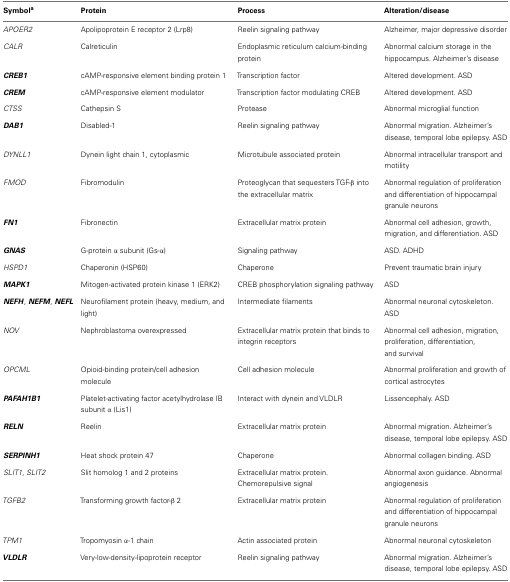
<table><thead><tr><td><b>Symbol<sup>a</sup></b></td><td><b>Protein</b></td><td><b>Process</b></td><td><b>Alteration/disease</b></td></tr></thead><tbody><tr><td><i>APOER2</i></td><td>Apolipoprotein E receptor 2 (Lrp8)</td><td>Reelin signaling pathway</td><td>Alzheimer, major depressive disorder</td></tr><tr><td><i>CALR</i></td><td>Calreticulin</td><td>Endoplasmic reticulum calcium-binding protein</td><td>Abnormal calcium storage in the hippocampus. Alzheimer’s disease</td></tr><tr><td><b><i>CREB1</i></b></td><td>cAMP-responsive element binding protein 1</td><td>Transcription factor</td><td>Altered development. ASD</td></tr><tr><td><b><i>CREM</i></b></td><td>cAMP-responsive element modulator</td><td>Transcription factor modulating CREB</td><td>Altered development. ASD</td></tr><tr><td><i>CTSS</i></td><td>Cathepsin S</td><td>Protease</td><td>Abnormal microglial function</td></tr><tr><td><b><i>DAB1</i></b></td><td>Disabled-1</td><td>Reelin signaling pathway</td><td>Abnormal migration. Alzheimer’s disease, temporal lobe epilepsy. ASD</td></tr><tr><td><i>DYNLL1</i></td><td>Dynein light chain 1, cytoplasmic</td><td>Microtubule associated protein</td><td>Abnormal intracellular transport and motility</td></tr><tr><td><i>FMOD</i></td><td>Fibromodulin</td><td>Proteoglycan that sequesters TGF-β into the extracellular matrix</td><td>Abnormal regulation of proliferation and differentiation of hippocampal granule neurons</td></tr><tr><td><b><i>FN1</i></b></td><td>Fibronectin</td><td>Extracellular matrix protein</td><td>Abnormal cell adhesion, growth, migration, and differentiation. ASD</td></tr><tr><td><b><i>GNAS</i></b></td><td>G-protein α subunit (Gs-α)</td><td>Signaling pathway</td><td>ASD. ADHD</td></tr><tr><td><i>HSPD1</i></td><td>Chaperonin (HSP60)</td><td>Chaperone</td><td>Prevent traumatic brain injury</td></tr><tr><td><b><i>MAPK1</i></b></td><td>Mitogen-activated protein kinase 1 (ERK2)</td><td>CREB phosphorylation signaling pathway</td><td>ASD</td></tr><tr><td><b><i>NEFH</i></b>, <b><i>NEFM</i></b>, <b><i>NEFL</i></b></td><td>Neurofilament protein (heavy, medium, and light)</td><td>Intermediate filaments</td><td>Abnormal neuronal cytoskeleton. ASD</td></tr><tr><td><i>NOV</i></td><td>Nephroblastoma overexpressed</td><td>Extracellular matrix protein that binds to integrin receptors</td><td>Abnormal cell adhesion, migration, proliferation, differentiation,and survival</td></tr><tr><td><i>OPCML</i></td><td>Opioid-binding protein/cell adhesion molecule</td><td>Cell adhesion molecule</td><td>Abnormal proliferation and growth of cortical astrocytes</td></tr><tr><td><b><i>PAFAH1B1</i></b></td><td>Platelet-activating factor acetylhydrolase IB subunit α (Lis1)</td><td>Interact with dynein and VLDLR</td><td>Lissencephaly. ASD</td></tr><tr><td><b><i>RELN</i></b></td><td>Reelin</td><td>Extracellular matrix protein</td><td>Abnormal migration. Alzheimer’s disease, temporal lobe epilepsy. ASD</td></tr><tr><td><b><i>SERPINH1</i></b></td><td>Heat shock protein 47</td><td>Chaperone</td><td>Abnormal collagen binding. ASD</td></tr><tr><td><i>SLIT1</i>, <i>SLIT2</i></td><td>Slit homolog 1 and 2 proteins</td><td>Extracellular matrix protein. Chemorepulsive signal</td><td>Abnormal axon guidance. Abnormal angiogenesis</td></tr><tr><td><i>TGFB2</i></td><td>Transforming growth factor-β 2</td><td>Extracellular matrix protein</td><td>Abnormal regulation of proliferation and differentiation of hippocampal granule neurons</td></tr><tr><td><i>TPM1</i></td><td>Tropomyosin α-1 chain</td><td>Actin associated protein</td><td>Abnormal neuronal cytoskeleton</td></tr><tr><td><b><i>VLDLR</i></b></td><td>Very-low-density-lipoprotein receptor</td><td>Reelin signaling pathway</td><td>Abnormal migration. Alzheimer’s disease, temporal lobe epilepsy. ASD</td></tr></tbody></table>